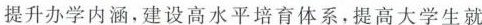
提升办学内涵，建设高水平培育体系，提高大学生就